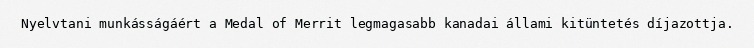
Nyelvtani munkásságáért a Medal of Merrit legmagasabb kanadai állami kitüntetés díjazottja.